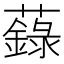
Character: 𧃆